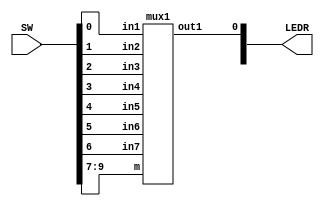
module mux(LEDR, SW);
    input [9:0] SW;
    output [9:0] LEDR;

    mux1 u1(
        .in1(SW[0]),
        .in2(SW[1]),
		  .in3(SW[2]),
		  .in4(SW[3]),
		  .in5(SW[4]),
		  .in6(SW[5]),
		  .in7(SW[6]),
		  .m(SW[9:7]),
        .out1(LEDR[0])
        );
		  
endmodule

module mux1(in1, in2, in3, in4, in5, in6, in7, m, out1);
	 parameter W = 3;
    input in1;
	 input in2;
	 input in3;
	 input in4;
	 input in5;
	 input in6;
	 input in7;
	 input [W-1:0] m;
    output out1; //output
	 reg out1;
	 
	 always @(*)
	 begin	 
		case(m)
			3'b000: out1 = in1;
			3'b001: out1 = in2;
			3'b010: out1 = in3;
			3'b011: out1 = in4;
			3'b100: out1 = in5;
			3'b101: out1 = in6;
			3'b110: out1 = in7;
			default: out1 = in1;
	   endcase
	 end
endmodule